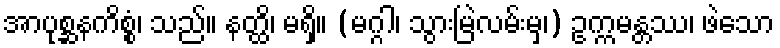
အာပုစ္ဆနကိစ္စံ၊ သည်။ နတ္ထိ၊ မရှိ။ (မဂ္ဂါ၊ သွားမြဲလမ်းမှ၊) ဥက္ကမန္တဿ၊ ဖဲသော